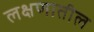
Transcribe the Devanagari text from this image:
लक्षणातील